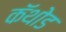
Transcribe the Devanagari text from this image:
कॅथोड